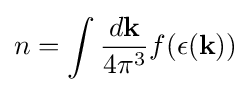
n=\int {\frac {d\mathbf {k} }{4\pi ^{3}}}f(\epsilon (\mathbf {k} ))